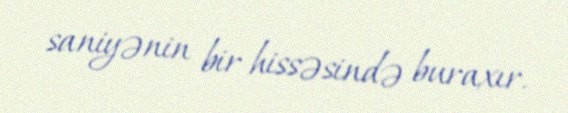
saniyənin bir hissəsində buraxır.